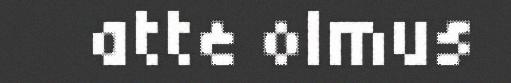
atte olmus